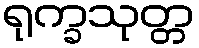
ရုက္ခသုတ္တ